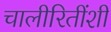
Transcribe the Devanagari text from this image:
चालीरितींशी